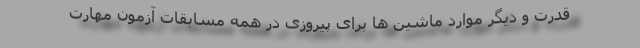
قدرت و دیگر موارد ماشین ها برای پیروزی در همه مسابقات آزمون مهارت